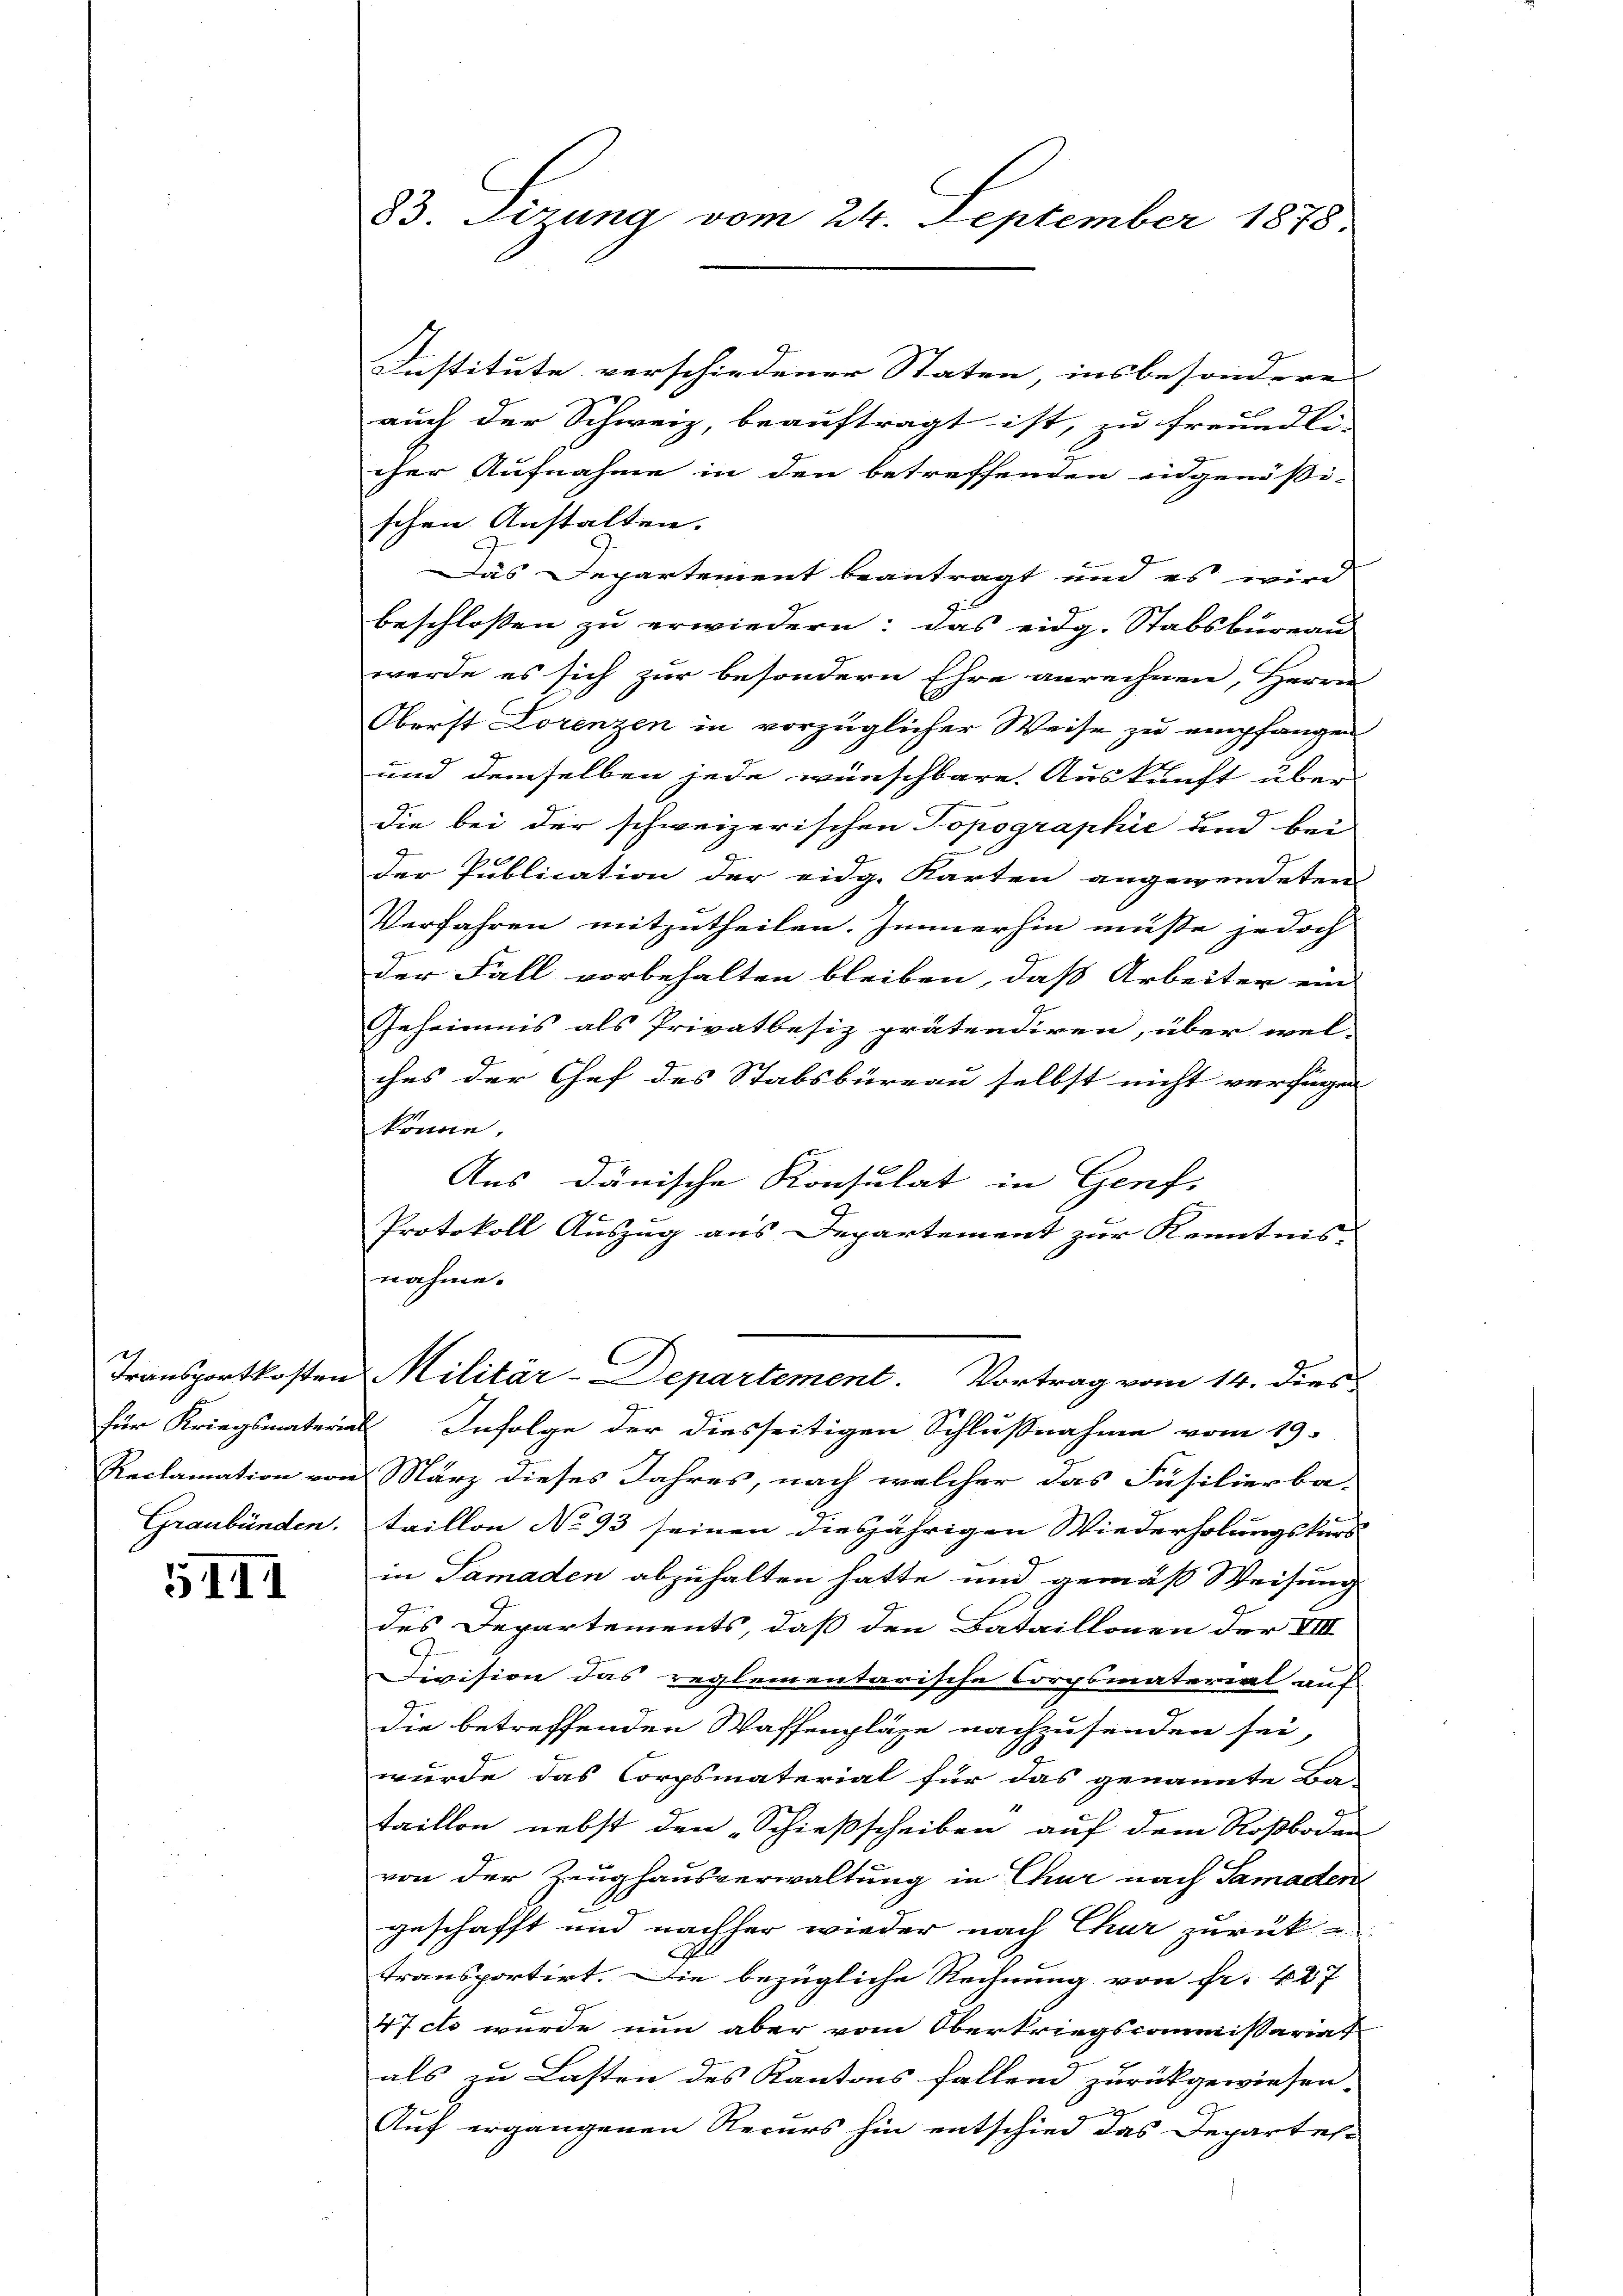
.
Graubünden.

5III

83. Sizung vom 24. September 1878.

Institute verschiedener Staten, insbesonderes
auch der Schweiz, beauftragt ist, zu freundli- |
cher Aufnahme in den betreffenden eidgenössi-
schen Anstalten.
Das Departement beantragt und es wird
beschlossen zu erwiedern: das eidg. Stabsbureau
werde es sich zur besondern Ehre anrechnen, Herrn
Oberst Lorenzen in vorzüglicher Weise zu empfangen
und demselben jede wünschbare. Auskunft über
die bei der schweizerischen Topographie und bei
Der Publication der eidg. Karten angewendeten
Verfahren mitzutheilen. Immerhin müsse jedoch
der Fall vorbehalten bleiben, daß Arbeiter ein
Geheimnis als Privatbesiz prätendiren, über wel-
ches der Chef des Stabsbüreau selbst nicht verfügen
könne.
Aus dänische Konsulat in Genf,
Protokoll Auszug aus Departement zur Kenntnis-
nahme.
Transportkosten Militär-Departement. Vortrag vom 14. dies
für Kriegsmaterial Infolge der diesseitigen Schlußnahme vom 19.
Reclamation von März dieses Jahres, nach welcher das Füsilierba-
taillon No 93 seinen diesjährigen Wiederholungskurs
in Samaden abzuhalten hatte und gemäß Weisung
des Departements, daß den Bataillonen der VIII
Division das reglementarische Corpsmaterial auf
die betreffenden Waffenpläge nachzusenden sei,
wurde das Corpsmaterial für das genannte Ba
taillon nebst den „Schießscheiben auf dem Roßboden
von der Zeughausverwaltung in Chur nach Samaden
geschafft und nachher wieder nach Chur zurück-
d
transportirt. Die bezügliche Rechnung von Fr. 427
47 cto wurde nun aber vom Oberkriegscommissariat
als zu Lasten des Kantons fallend zurückgewiesen.
Auf ergangenen Recurs hin entschied das Departel-